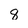
Character: 8